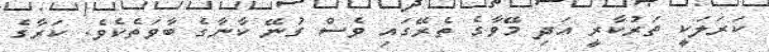
ކަރަލަކީ ތަރުކާރީ އަދި މޭވާގެ ތެރޭގައި ވެސް ގުނޭ ކާނާގެ ބާވަތެކެވެ. ކަރާގެ